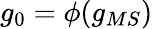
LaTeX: g_{0}=\phi(g_{MS})